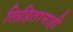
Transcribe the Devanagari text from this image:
लिहितानाही